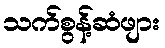
သက်စွန့်ဆံဖျား